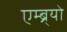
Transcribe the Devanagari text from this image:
एम्ब्र्यो